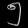
Digit: ၅